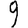
Digit: 9